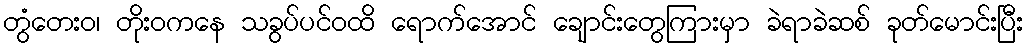
တွံတေးဝ၊ တိုးဝကနေ သခွပ်ပင်ဝထိ ရောက်အောင် ချောင်းတွေကြားမှာ ခဲရာခဲဆစ် ခုတ်မောင်းပြီး